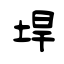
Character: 垾